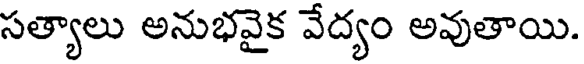
సత్యాలు అనుభవైక వేద్యం అవుతాయి.